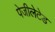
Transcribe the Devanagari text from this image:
पेजीलेटेड